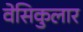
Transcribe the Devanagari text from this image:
वेसिकुलार